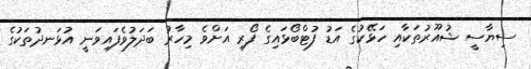
ސިޔާސީ ޝުއޫރުތަކާއި ހަޅޭކުގެ އަޑު ފުޓްބޯޅައިގެ ފޯރި އަށްވެ މިހާރު ބަދަލުވެފައިވަނީ އުޅަނދުތަކުގެ